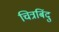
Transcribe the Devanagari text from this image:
चित्रबिंदु